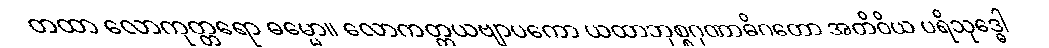
တထာ လောကုတ္တရော ဓမ္မော။ လောကတ္တယဗျာပကော ယထာဘုစ္စဂုဏာဓိဂတော အတိဝိယ ပရိသုဒ္ဓေါ